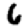
Digit: 6